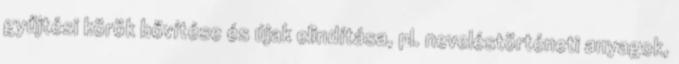
gyűjtési körök bővítése és újak elindítása, pl. neveléstörténeti anyagok,